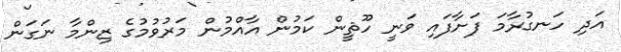
އަދި ހަނގުރާމަ ފަށާފައި ވަނީ ހޫޘީން ކަމުން އާއްމުން މަރުވުމުގެ ޒިންމާ ނަގަން